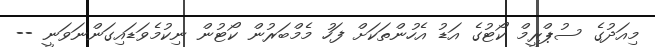
މިއަދުގެ ސުޕްރީމް ކޯޓުގެ އަޑު އެހުންތަަކަށް ފަހު މެމްބަރުން ކޯޓުން ނިކުމެވަޑައިގަންނަވަނީ --